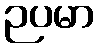
ဉပမာ